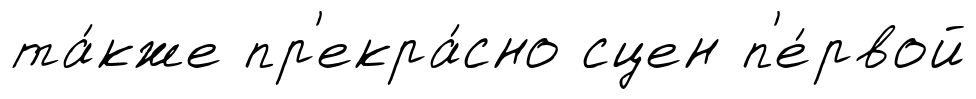
та́кже пр'екра́сно сцен п'е́рвой